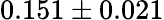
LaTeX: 0.151\pm 0.021